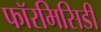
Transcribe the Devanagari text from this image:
फॉरमिसिडी